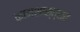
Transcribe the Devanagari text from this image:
कामशास्त्रात